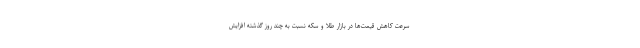
سرعت کاهش قیمت‌ها در بازار طلا و سکه نسبت به چند روز گذشته افزایش